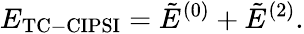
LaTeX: E_{\mathrm{{TC-CIPSI}}}=\tilde{E}^{(0)}+\tilde{E}^{(2)}.